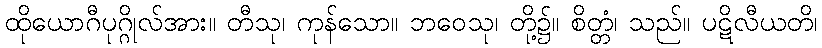
ထိုယောဂီပုဂ္ဂိုလ်အား။ တီသု၊ ကုန်သော။ ဘဝေသု၊ တို့၌။ စိတ္တံ၊ သည်။ ပဋိလီယတိ၊